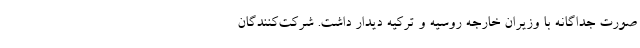
صورت جداگانه با وزیران خارجه روسیه و ترکیه دیدار داشت. شرکت‌کنندگان